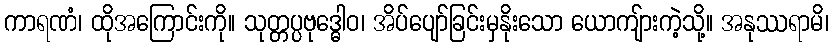
ကာရဏံ၊ ထိုအကြောင်းကို။ သုတ္တပ္ပဗုဒ္ဓေါဝ၊ အိပ်ပျော်ခြင်းမှနိုးသော ယောကျ်ားကဲ့သို့။ အနုဿရာမိ၊